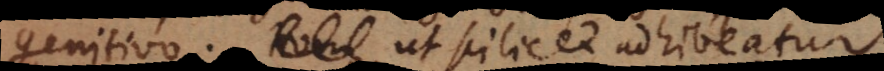
genitivo; ut scilicet adhibeatur